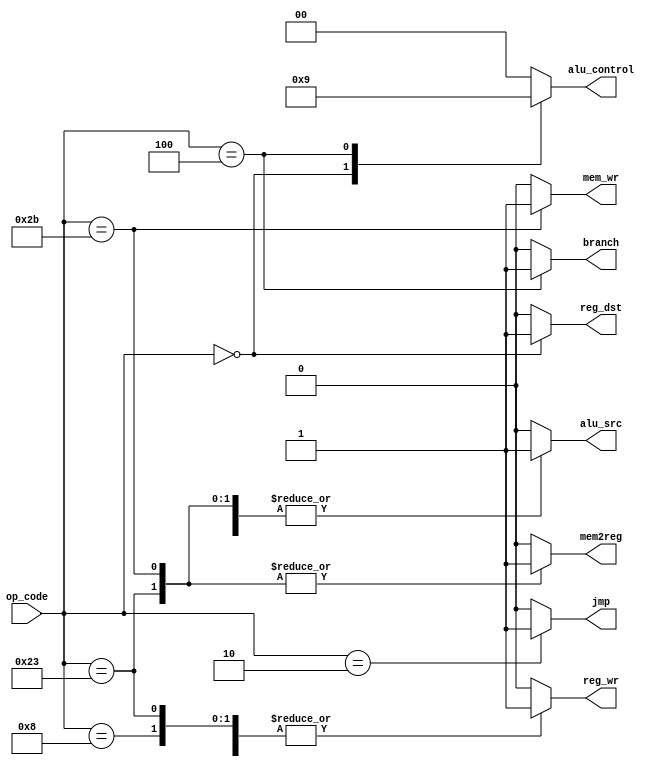
module main_decoder
#(parameter code_width=6,width_alu_op=2)
(input [code_width-1:0] op_code ,
output reg [width_alu_op-1:0] alu_control,
output reg mem2reg,
output reg mem_wr,
output reg branch,
output reg alu_src,
output reg reg_dst,
output reg reg_wr,
output reg jmp 
);
//instructions
localparam [code_width-1:0] load=6'b10_0011;
localparam [code_width-1:0] store=6'b10_1011;
localparam [code_width-1:0] r_type=6'b00_0000;
localparam [code_width-1:0] add_imed=6'b00_1000;
localparam [code_width-1:0] branch_eq=6'b00_0100;
localparam [code_width-1:0] jmp_ins=6'b00_0010;
always @ (*)begin
    case(op_code)
    load:begin
        jmp=1'b0; 
        alu_control=2'b00;
        mem_wr=1'b0;
        reg_wr=1'b1;
        reg_dst=1'b0;
        alu_src=1'b1;
        mem2reg=1'b1;
        branch=1'b0;  
    end
    store:begin
        jmp=1'b0; 
        alu_control=2'b00;
        mem_wr=1'b1;
        reg_wr=1'b0;
        reg_dst=1'b0;
        alu_src=1'b1;
        mem2reg=1'b1;
        branch=1'b0; 
    end
    r_type:begin
        jmp=1'b0; 
        alu_control=2'b10;
        mem_wr=1'b0;
        reg_wr=1'b1;
        reg_dst=1'b1;
        alu_src=1'b0;
        mem2reg=1'b0;
        branch=1'b0; 
    end
    add_imed:begin
        jmp=1'b0; 
        alu_control=2'b00;
        mem_wr=1'b0;
        reg_wr=1'b1;
        reg_dst=1'b0;
        alu_src=1'b1;
        mem2reg=1'b0;
        branch=1'b0; 
    end
    branch_eq:begin
        jmp=1'b0; 
        alu_control=2'b01;
        mem_wr=1'b0;
        reg_wr=1'b0;
        reg_dst=1'b0;
        alu_src=1'b0;
        mem2reg=1'b0;
        branch=1'b1; 
    end
    jmp_ins:begin
        jmp=1'b1; 
        alu_control=2'b00;
        mem_wr=1'b0;
        reg_wr=1'b0;
        reg_dst=1'b0;
        alu_src=1'b0;
        mem2reg=1'b0;
        branch=1'b0; 
    end
    default :begin
        jmp=1'b0; 
        alu_control=2'b00;
        mem_wr=1'b0;
        reg_wr=1'b0;
        reg_dst=1'b0;
        alu_src=1'b0;
        mem2reg=1'b0;
        branch=1'b0; 
    end
    endcase 
end
endmodule